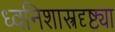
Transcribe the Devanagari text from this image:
ध्वनिशास्त्रदृष्ट्या